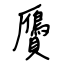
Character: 贗